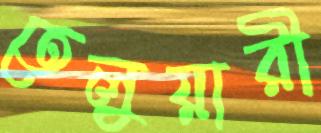
তেলুয়ারী